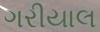
ગરીયાલ